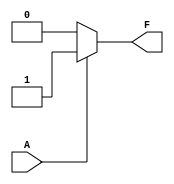
module single_variable_kmap (
    input wire A,  // Single input variable
    output wire F  // Output variable
);

// K-map logic implementation
// F is defined based on the truth table and K-map simplification
assign F = (A == 1'b1) ? 1'b1 : 1'b0; // You can modify the condition based on K-map filling

endmodule